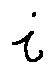
i